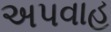
અપવાહ